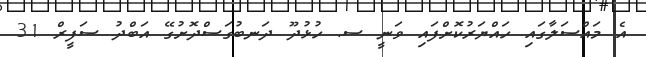
އެ މައްސަލާގައި ހައްޔަރުކޮށްފައި ވަނީ ސ. ހުޅުދޫ ދަނބުގަސްދޮށުގޭ އަބްދު ސަފީރް 31